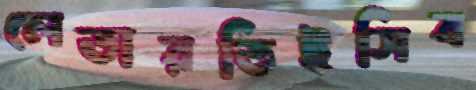
লেডারডিইসিব